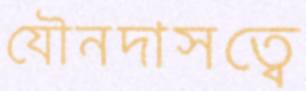
যৌনদাসত্বে